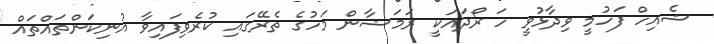
ޝެއިހް ފަހުމީ ވިދާޅުވީ ހަ ރޯދައަކީ ރަމަޟާން މަހުގެ ތެރޭގައި ކުރެވިފައިވާ އުނިކަންތައްތައް